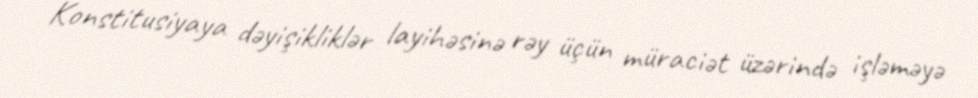
Konstitusiyaya dəyişikliklər layihəsinə rəy üçün müraciət üzərində işləməyə